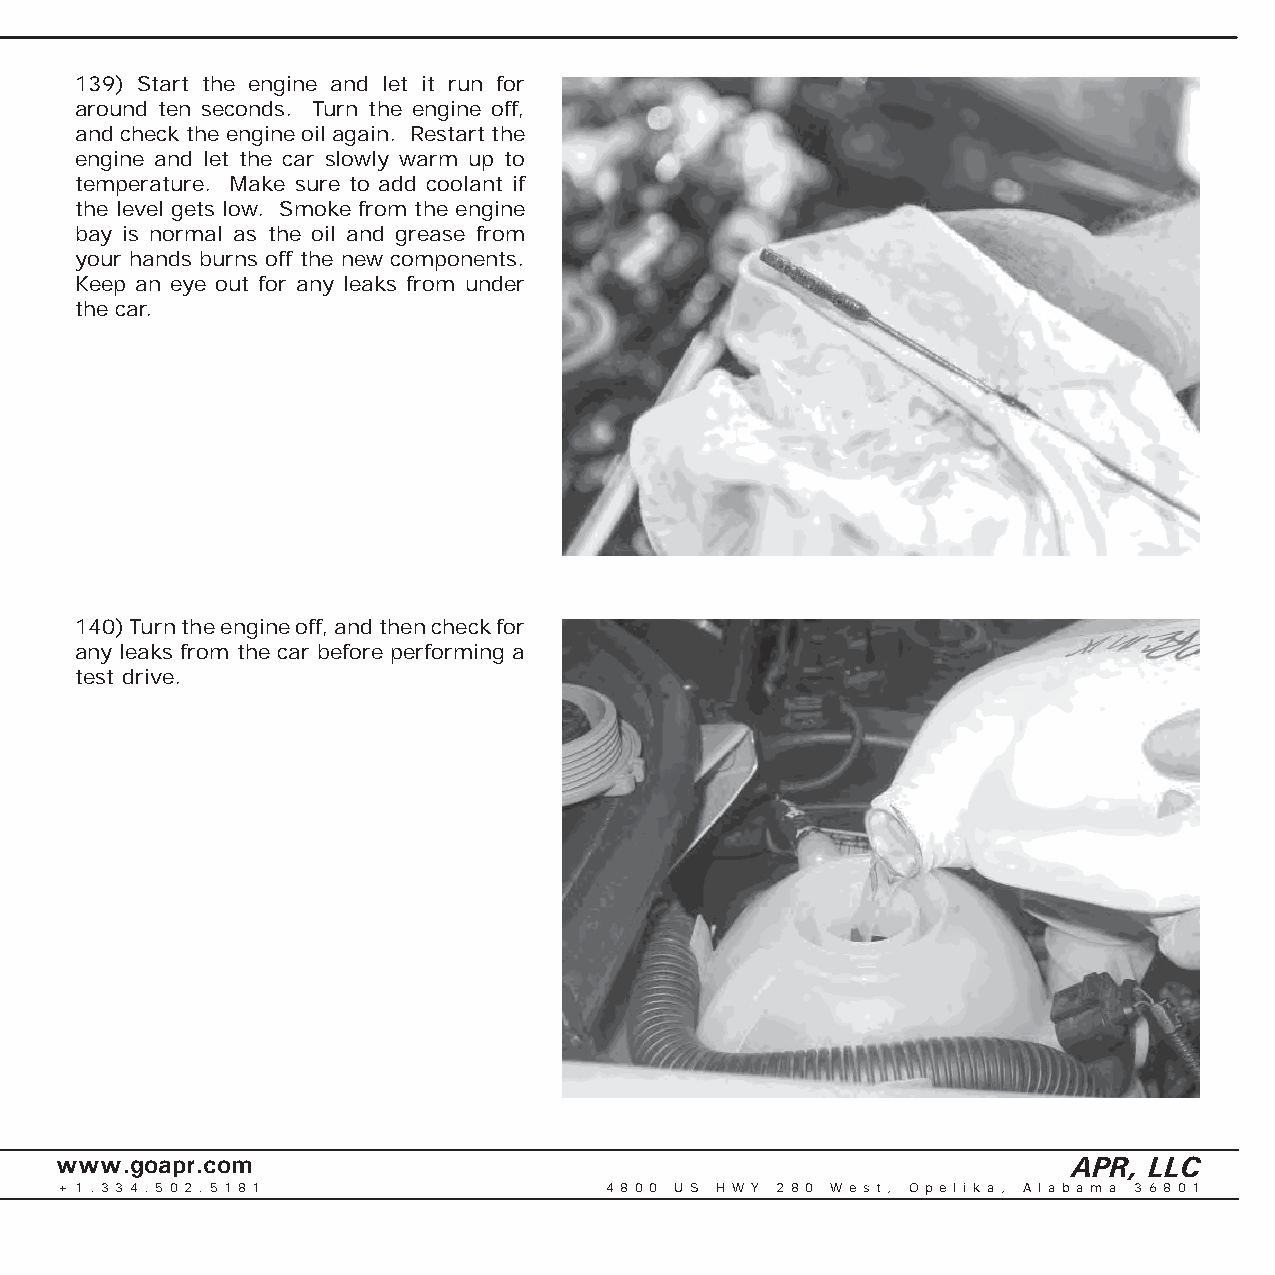
139) Start the engine and let it run for
 around ten seconds. Turn the engine off,
 and check the engine oil again. Restart the
 engine and let the car slowly warm up to
 temperature. Make sure to add coolant if
 the level gets low. Smoke from the engine
 bay is normal as the oil and grease from
 your hands burns off the new components.
 Keep an eye out for any leaks from under
 the car.
 140) Turn the engine off, and then check for
 any leaks from the car before performing a
 test drive.
 www.goapr.com                                                      APR, LLC
 + 1 . 3 3 4 . 5 0 2 . 5 1 8 1       4 8 0 0 U S H W Y 2 8 0 We s t , O p e l i k a , A l a b a m a 3 6 8 0 1